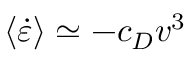
\langle \dot { \varepsilon } \rangle \simeq - c _ { D } v ^ { 3 }